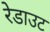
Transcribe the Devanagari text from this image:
रेडाउट